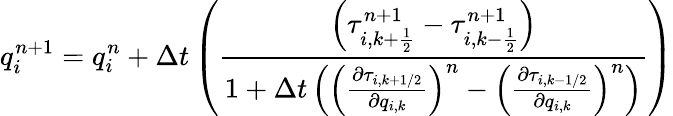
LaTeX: q_{i}^{n+1}=q_{i}^{n}+\Delta t\left(\frac{\left(\tau_{i,k+\frac{1}{2}}^{n+1}-\tau_{i,k-\frac{1}{2}}^{n+1}\right)}{1+\Delta t\left(\left(\frac{\partial\tau_{i,k+1/2}}{\partial q_{i,k}}\right)^{n}-\left(\frac{\partial\tau_{i,k-1/2}}{\partial q_{i,k}}\right)^{n}\right)}\right)